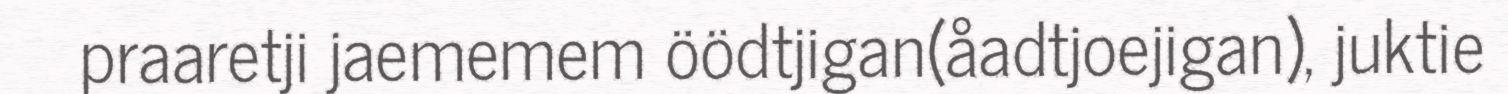
praaretji jaememem öödtjigan(åadtjoejigan), juktie